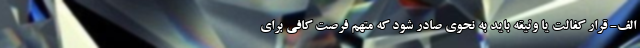
الف- قرار کفالت یا وثیقه باید به نحوی صادر شود که متهم فرصت کافی برای